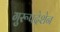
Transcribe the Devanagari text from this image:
गुरूपदेशेन